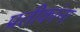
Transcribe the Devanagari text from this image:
प्रतीकांना